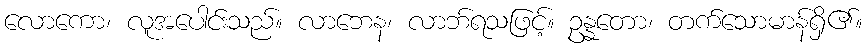
လောကော၊ လူအပေါင်းသည်။ လာဘေန၊ လာဘ်ရသဖြင့်။ ဥန္နတော၊ တက်သောမာန်ရှိ၏။